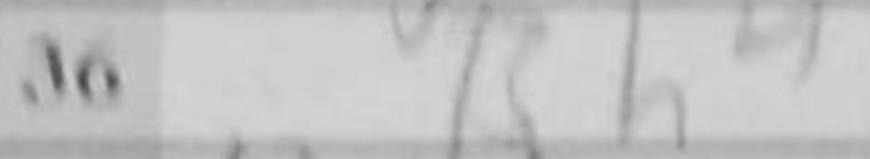
Transcription: Bh4